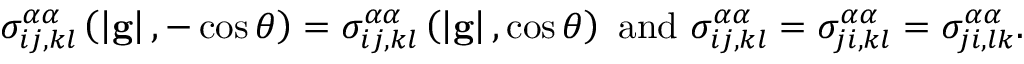
\sigma _ { i j , k l } ^ { \alpha \alpha } \left( \left\vert \mathbf { g } \right\vert , - \cos \theta \right) = \sigma _ { i j , k l } ^ { \alpha \alpha } \left( \left\vert \mathbf { g } \right\vert , \cos \theta \right) \mathrm { ~ a n d ~ } \sigma _ { i j , k l } ^ { \alpha \alpha } = \sigma _ { j i , k l } ^ { \alpha \alpha } = \sigma _ { j i , l k } ^ { \alpha \alpha } \mathrm { . }